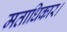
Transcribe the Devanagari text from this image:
मताधिकार।